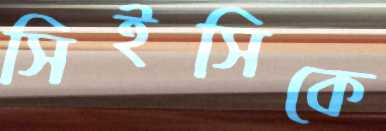
সিইসিকে